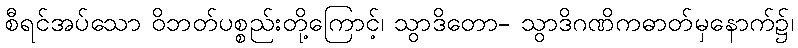
စီရင်အပ်သော ဝိဘတ်ပစ္စည်းတို့ကြောင့်၊ သွာဒိတော- သွာဒိဂဏိကဓာတ်မှနောက်၌၊